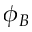
\phi _ { B }